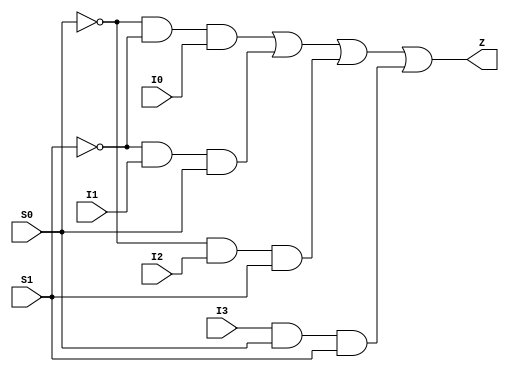
// Copyright 2022 GlobalFoundries PDK Authors
//
// Licensed under the Apache License, Version 2.0 (the "License");
// you may not use this file except in compliance with the License.
// You may obtain a copy of the License at
//
//      http://www.apache.org/licenses/LICENSE-2.0
//
// Unless required by applicable law or agreed to in writing, software
// distributed under the License is distributed on an "AS IS" BASIS,
// WITHOUT WARRANTIES OR CONDITIONS OF ANY KIND, either express or implied.
// See the License for the specific language governing permissions and
// limitations under the License.

module gf180mcu_fd_sc_mcu9t5v0__mux4_2( I2, S0, I3, Z, S1, I1, I0 );
input I0, I1, I2, I3, S0, S1;
output Z;

	wire S0_inv_for_gf180mcu_fd_sc_mcu9t5v0__mux4_2;

	not MGM_BG_0( S0_inv_for_gf180mcu_fd_sc_mcu9t5v0__mux4_2, S0 );

	wire S1_inv_for_gf180mcu_fd_sc_mcu9t5v0__mux4_2;

	not MGM_BG_1( S1_inv_for_gf180mcu_fd_sc_mcu9t5v0__mux4_2, S1 );

	wire Z_row1;

	and MGM_BG_2( Z_row1, S0_inv_for_gf180mcu_fd_sc_mcu9t5v0__mux4_2, S1_inv_for_gf180mcu_fd_sc_mcu9t5v0__mux4_2, I0 );

	wire Z_row2;

	and MGM_BG_3( Z_row2, S1_inv_for_gf180mcu_fd_sc_mcu9t5v0__mux4_2, I1, S0 );

	wire Z_row3;

	and MGM_BG_4( Z_row3, S0_inv_for_gf180mcu_fd_sc_mcu9t5v0__mux4_2, I2, S1 );

	wire Z_row4;

	and MGM_BG_5( Z_row4, I3, S0, S1 );

	or MGM_BG_6( Z, Z_row1, Z_row2, Z_row3, Z_row4 );

endmodule